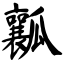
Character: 瓤